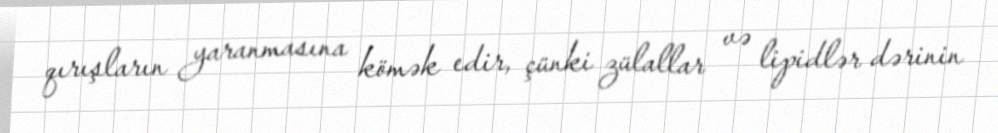
qırışların yaranmasına kömək edir, çünki zülallar və lipidlər dərinin